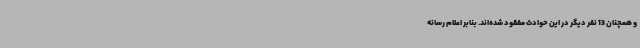
و همچنان 13 نفر دیگر در این حوادث مفقود شده‌اند. بنابر اعلام رسانه